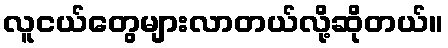
လူငယ်တွေများလာတယ်လို့ဆိုတယ်။